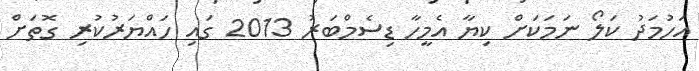
އަހުމަދު ކަލޯ ނަމަކަށް ކިޔާ އެމީހާ ޑިސެމްބަރު 2013 ގައި ހައްޔަރުކުރި ގޮތަށް